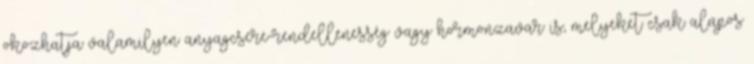
okozhatja valamilyen anyagcsere-rendellenesség vagy hormonzavar is, melyeket csak alapos